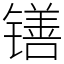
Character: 䦅